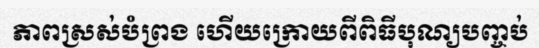
ភាពស្រស់បំព្រង ហើយក្រោយពីពិធីបុណ្យបញ្ចប់